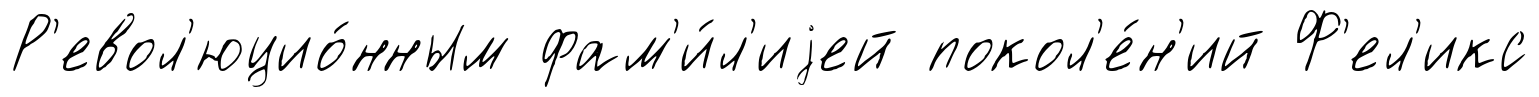
Р'евол'юцио́нным фам'и́л'иjей покол'е́н'ий Ф'ел'икс